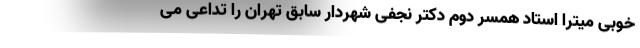
خوبی میترا استاد همسر دوم دکتر نجفی شهردار سابق تهران را تداعی می